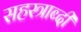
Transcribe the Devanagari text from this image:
सहस्‍त्राब्दी